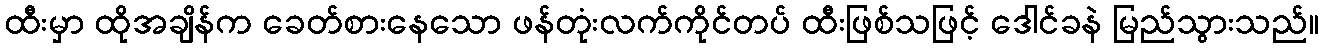
ထီးမှာ ထိုအချိန်က ခေတ်စားနေသော ဖန်တုံးလက်ကိုင်တပ် ထီးဖြစ်သဖြင့် ဒေါင်ခနဲ မြည်သွားသည်။